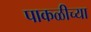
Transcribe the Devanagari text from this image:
पाकळीच्या